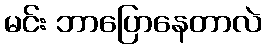
မင်း ဘာပြောနေတာလဲ